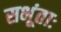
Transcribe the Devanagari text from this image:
सभूंताः